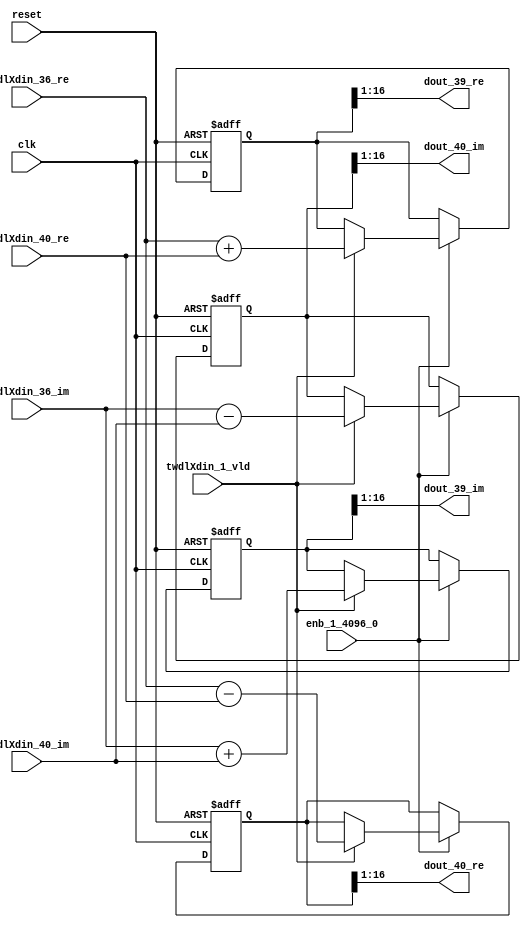
// -------------------------------------------------------------
// 
// 
// Generated by MATLAB 9.14 and HDL Coder 4.1
// 
// -------------------------------------------------------------


// -------------------------------------------------------------
// 
// Module: RADIX22FFT_SDNF1_5_block18
// Source Path: dsphdl.IFFT/RADIX22FFT_SDNF1_5
// Hierarchy Level: 4
// 
// -------------------------------------------------------------

`timescale 1 ns / 1 ns

module RADIX22FFT_SDNF1_5_block18
          (clk,
           reset,
           enb_1_4096_0,
           twdlXdin_36_re,
           twdlXdin_36_im,
           twdlXdin_40_re,
           twdlXdin_40_im,
           twdlXdin_1_vld,
           dout_39_re,
           dout_39_im,
           dout_40_re,
           dout_40_im);


  input   clk;
  input   reset;
  input   enb_1_4096_0;
  input   signed [15:0] twdlXdin_36_re;  // sfix16_En14
  input   signed [15:0] twdlXdin_36_im;  // sfix16_En14
  input   signed [15:0] twdlXdin_40_re;  // sfix16_En14
  input   signed [15:0] twdlXdin_40_im;  // sfix16_En14
  input   twdlXdin_1_vld;
  output  signed [15:0] dout_39_re;  // sfix16_En14
  output  signed [15:0] dout_39_im;  // sfix16_En14
  output  signed [15:0] dout_40_re;  // sfix16_En14
  output  signed [15:0] dout_40_im;  // sfix16_En14


  reg signed [16:0] Radix22ButterflyG1_NF_btf1_re_reg;  // sfix17
  reg signed [16:0] Radix22ButterflyG1_NF_btf1_im_reg;  // sfix17
  reg signed [16:0] Radix22ButterflyG1_NF_btf2_re_reg;  // sfix17
  reg signed [16:0] Radix22ButterflyG1_NF_btf2_im_reg;  // sfix17
  reg  Radix22ButterflyG1_NF_dinXtwdl_vld_dly1;
  reg signed [16:0] Radix22ButterflyG1_NF_btf1_re_reg_next;  // sfix17_En14
  reg signed [16:0] Radix22ButterflyG1_NF_btf1_im_reg_next;  // sfix17_En14
  reg signed [16:0] Radix22ButterflyG1_NF_btf2_re_reg_next;  // sfix17_En14
  reg signed [16:0] Radix22ButterflyG1_NF_btf2_im_reg_next;  // sfix17_En14
  reg  Radix22ButterflyG1_NF_dinXtwdl_vld_dly1_next;
  reg signed [15:0] dout_39_re_1;  // sfix16_En14
  reg signed [15:0] dout_39_im_1;  // sfix16_En14
  reg signed [15:0] dout_40_re_1;  // sfix16_En14
  reg signed [15:0] dout_40_im_1;  // sfix16_En14
  reg  dout_39_vld;
  reg signed [16:0] Radix22ButterflyG1_NF_add_cast;  // sfix17_En14
  reg signed [16:0] Radix22ButterflyG1_NF_add_cast_0;  // sfix17_En14
  reg signed [16:0] Radix22ButterflyG1_NF_sra_temp;  // sfix17_En14
  reg signed [16:0] Radix22ButterflyG1_NF_sub_cast;  // sfix17_En14
  reg signed [16:0] Radix22ButterflyG1_NF_sub_cast_0;  // sfix17_En14
  reg signed [16:0] Radix22ButterflyG1_NF_sra_temp_0;  // sfix17_En14
  reg signed [16:0] Radix22ButterflyG1_NF_add_cast_1;  // sfix17_En14
  reg signed [16:0] Radix22ButterflyG1_NF_add_cast_2;  // sfix17_En14
  reg signed [16:0] Radix22ButterflyG1_NF_sra_temp_1;  // sfix17_En14
  reg signed [16:0] Radix22ButterflyG1_NF_sub_cast_1;  // sfix17_En14
  reg signed [16:0] Radix22ButterflyG1_NF_sub_cast_2;  // sfix17_En14
  reg signed [16:0] Radix22ButterflyG1_NF_sra_temp_2;  // sfix17_En14


  // Radix22ButterflyG1_NF
  always @(posedge clk or posedge reset)
    begin : Radix22ButterflyG1_NF_process
      if (reset == 1'b1) begin
        Radix22ButterflyG1_NF_btf1_re_reg <= 17'sb00000000000000000;
        Radix22ButterflyG1_NF_btf1_im_reg <= 17'sb00000000000000000;
        Radix22ButterflyG1_NF_btf2_re_reg <= 17'sb00000000000000000;
        Radix22ButterflyG1_NF_btf2_im_reg <= 17'sb00000000000000000;
        Radix22ButterflyG1_NF_dinXtwdl_vld_dly1 <= 1'b0;
      end
      else begin
        if (enb_1_4096_0) begin
          Radix22ButterflyG1_NF_btf1_re_reg <= Radix22ButterflyG1_NF_btf1_re_reg_next;
          Radix22ButterflyG1_NF_btf1_im_reg <= Radix22ButterflyG1_NF_btf1_im_reg_next;
          Radix22ButterflyG1_NF_btf2_re_reg <= Radix22ButterflyG1_NF_btf2_re_reg_next;
          Radix22ButterflyG1_NF_btf2_im_reg <= Radix22ButterflyG1_NF_btf2_im_reg_next;
          Radix22ButterflyG1_NF_dinXtwdl_vld_dly1 <= Radix22ButterflyG1_NF_dinXtwdl_vld_dly1_next;
        end
      end
    end

  always @(Radix22ButterflyG1_NF_btf1_im_reg, Radix22ButterflyG1_NF_btf1_re_reg,
       Radix22ButterflyG1_NF_btf2_im_reg, Radix22ButterflyG1_NF_btf2_re_reg,
       Radix22ButterflyG1_NF_dinXtwdl_vld_dly1, twdlXdin_1_vld, twdlXdin_36_im,
       twdlXdin_36_re, twdlXdin_40_im, twdlXdin_40_re) begin
    Radix22ButterflyG1_NF_add_cast = 17'sb00000000000000000;
    Radix22ButterflyG1_NF_add_cast_0 = 17'sb00000000000000000;
    Radix22ButterflyG1_NF_sub_cast = 17'sb00000000000000000;
    Radix22ButterflyG1_NF_sub_cast_0 = 17'sb00000000000000000;
    Radix22ButterflyG1_NF_add_cast_1 = 17'sb00000000000000000;
    Radix22ButterflyG1_NF_add_cast_2 = 17'sb00000000000000000;
    Radix22ButterflyG1_NF_sub_cast_1 = 17'sb00000000000000000;
    Radix22ButterflyG1_NF_sub_cast_2 = 17'sb00000000000000000;
    Radix22ButterflyG1_NF_btf1_re_reg_next = Radix22ButterflyG1_NF_btf1_re_reg;
    Radix22ButterflyG1_NF_btf1_im_reg_next = Radix22ButterflyG1_NF_btf1_im_reg;
    Radix22ButterflyG1_NF_btf2_re_reg_next = Radix22ButterflyG1_NF_btf2_re_reg;
    Radix22ButterflyG1_NF_btf2_im_reg_next = Radix22ButterflyG1_NF_btf2_im_reg;
    Radix22ButterflyG1_NF_dinXtwdl_vld_dly1_next = twdlXdin_1_vld;
    if (twdlXdin_1_vld) begin
      Radix22ButterflyG1_NF_add_cast = {twdlXdin_36_re[15], twdlXdin_36_re};
      Radix22ButterflyG1_NF_add_cast_0 = {twdlXdin_40_re[15], twdlXdin_40_re};
      Radix22ButterflyG1_NF_btf1_re_reg_next = Radix22ButterflyG1_NF_add_cast + Radix22ButterflyG1_NF_add_cast_0;
      Radix22ButterflyG1_NF_sub_cast = {twdlXdin_36_re[15], twdlXdin_36_re};
      Radix22ButterflyG1_NF_sub_cast_0 = {twdlXdin_40_re[15], twdlXdin_40_re};
      Radix22ButterflyG1_NF_btf2_re_reg_next = Radix22ButterflyG1_NF_sub_cast - Radix22ButterflyG1_NF_sub_cast_0;
      Radix22ButterflyG1_NF_add_cast_1 = {twdlXdin_36_im[15], twdlXdin_36_im};
      Radix22ButterflyG1_NF_add_cast_2 = {twdlXdin_40_im[15], twdlXdin_40_im};
      Radix22ButterflyG1_NF_btf1_im_reg_next = Radix22ButterflyG1_NF_add_cast_1 + Radix22ButterflyG1_NF_add_cast_2;
      Radix22ButterflyG1_NF_sub_cast_1 = {twdlXdin_36_im[15], twdlXdin_36_im};
      Radix22ButterflyG1_NF_sub_cast_2 = {twdlXdin_40_im[15], twdlXdin_40_im};
      Radix22ButterflyG1_NF_btf2_im_reg_next = Radix22ButterflyG1_NF_sub_cast_1 - Radix22ButterflyG1_NF_sub_cast_2;
    end
    Radix22ButterflyG1_NF_sra_temp = Radix22ButterflyG1_NF_btf1_re_reg >>> 8'd1;
    dout_39_re_1 = Radix22ButterflyG1_NF_sra_temp[15:0];
    Radix22ButterflyG1_NF_sra_temp_0 = Radix22ButterflyG1_NF_btf1_im_reg >>> 8'd1;
    dout_39_im_1 = Radix22ButterflyG1_NF_sra_temp_0[15:0];
    Radix22ButterflyG1_NF_sra_temp_1 = Radix22ButterflyG1_NF_btf2_re_reg >>> 8'd1;
    dout_40_re_1 = Radix22ButterflyG1_NF_sra_temp_1[15:0];
    Radix22ButterflyG1_NF_sra_temp_2 = Radix22ButterflyG1_NF_btf2_im_reg >>> 8'd1;
    dout_40_im_1 = Radix22ButterflyG1_NF_sra_temp_2[15:0];
    dout_39_vld = Radix22ButterflyG1_NF_dinXtwdl_vld_dly1;
  end



  assign dout_39_re = dout_39_re_1;

  assign dout_39_im = dout_39_im_1;

  assign dout_40_re = dout_40_re_1;

  assign dout_40_im = dout_40_im_1;

endmodule  // RADIX22FFT_SDNF1_5_block18